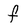
Character: f